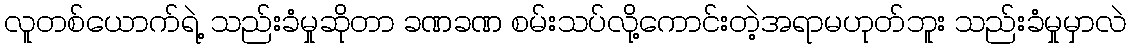
လူတစ်ယောက်ရဲ့ သည်းခံမှုဆိုတာ ခဏခဏ စမ်းသပ်လို့ကောင်းတဲ့အရာမဟုတ်ဘူး သည်းခံမှုမှာလဲ